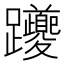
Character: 躨